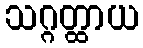
သဂ္ဂတ္ထာယ